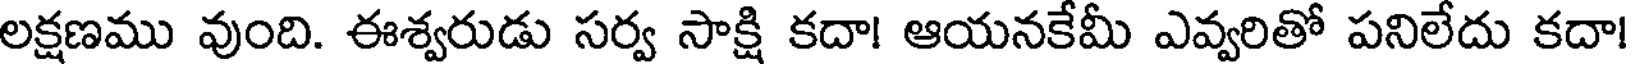
లక్షణము వుంది. ఈశ్వరుడు సర్వ సాక్షి కదా! ఆయనకేమీ ఎవ్వరితో పనిలేదు కదా